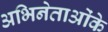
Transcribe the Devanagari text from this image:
अभिनेताओंके